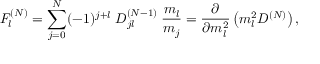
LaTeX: F _ { l } ^ { ( N ) } = \sum _ { j = 0 } ^ { N } ( - 1 ) ^ { j + l } \; D _ { j l } ^ { ( N - 1 ) } \; \frac { m _ { l } } { m _ { j } } = \frac { \partial } { \partial m _ { l } ^ { 2 } } \left( m _ { l } ^ { 2 } D ^ { ( N ) } \right) ,